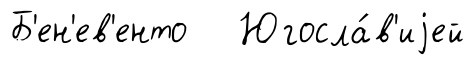
Б'ен'ев'енто Югосла́в'иjей